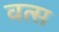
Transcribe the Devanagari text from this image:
वत्‍स